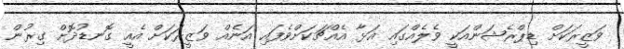
ވަޒީރަކަށް ޑިޕްރެޝަންއަކީ ވެލެއްގައި އަޅާ އެއްޗަކަށްވެފައި އަނެއް ވަޒީރަކަށް އެއީ ގޮނޑުދޮށް ގިރުން